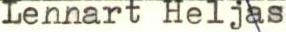
Lennart HeljasYLE_pääjohtajien_kirjeenvaihto_1966_5_2_0.jpg	13. X. 1966